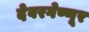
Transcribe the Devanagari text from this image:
देवरगेण्णूर